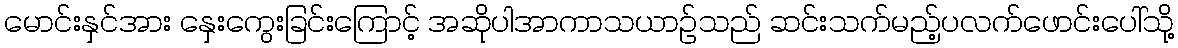
မောင်းနှင်အား နှေးကွေးခြင်းကြောင့် အဆိုပါအာကာသယာဉ်သည် ဆင်းသက်မည့်ပလက်ဖောင်းပေါ်သို့